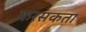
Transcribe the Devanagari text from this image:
करसकता